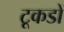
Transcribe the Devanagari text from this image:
टूकडों